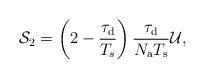
LaTeX: \begin{align*}\mathcal{S}_2=\left(2-\frac{\tau_{\rm d}}{T_s}\right)\frac{\tau_{\rm d}}{N_{\rm a}T_{\rm s}}\mathcal{U},\end{align*}